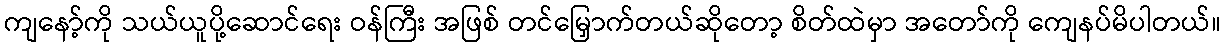
ကျနော့်ကို သယ်ယူပို့ဆောင်ရေး ဝန်ကြီး အဖြစ် တင်မြှောက်တယ်ဆိုတော့ စိတ်ထဲမှာ အတော်ကို ကျေနပ်မိပါတယ်။